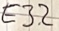
Text: E3.2